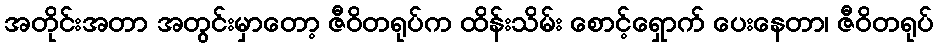
အတိုင်းအတာ အတွင်းမှာတော့ ဇီဝိတရုပ်က ထိန်းသိမ်း စောင့်ရှောက် ပေးနေတာ၊ ဇီဝိတရုပ်